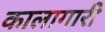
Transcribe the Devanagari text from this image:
कालागारी